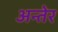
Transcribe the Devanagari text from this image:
अन्तेर